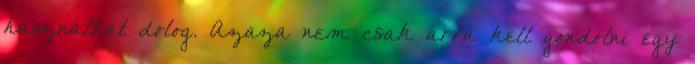
használhat dolog. Azaza nem csak arra kell gondolni egy